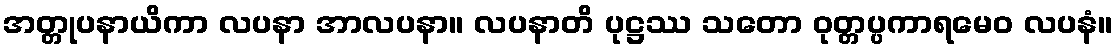
အတ္တုပနာယိကာ လပနာ အာလပနာ။ လပနာတိ ပုဋ္ဌဿ သတော ဝုတ္တပ္ပကာရမေဝ လပနံ။